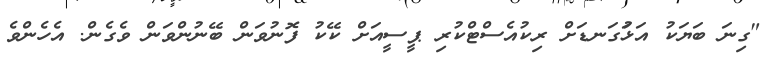
"ގިނަ ބަޔަކު އަޅުަގަނޑަށް ރިކުއެސްޓްކުރި ޕީސީއަށް ކޭކު ފޮނުވަން ބޭނުންވަން ވެގެން. އެހެންވެ